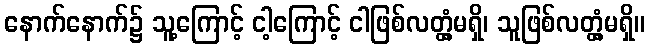
နောက်နောက်၌ သူ့ကြောင့် ငါ့ကြောင့် ငါဖြစ်လတ္တံ့မရှိ၊ သူဖြစ်လတ္တံ့မရှိ။